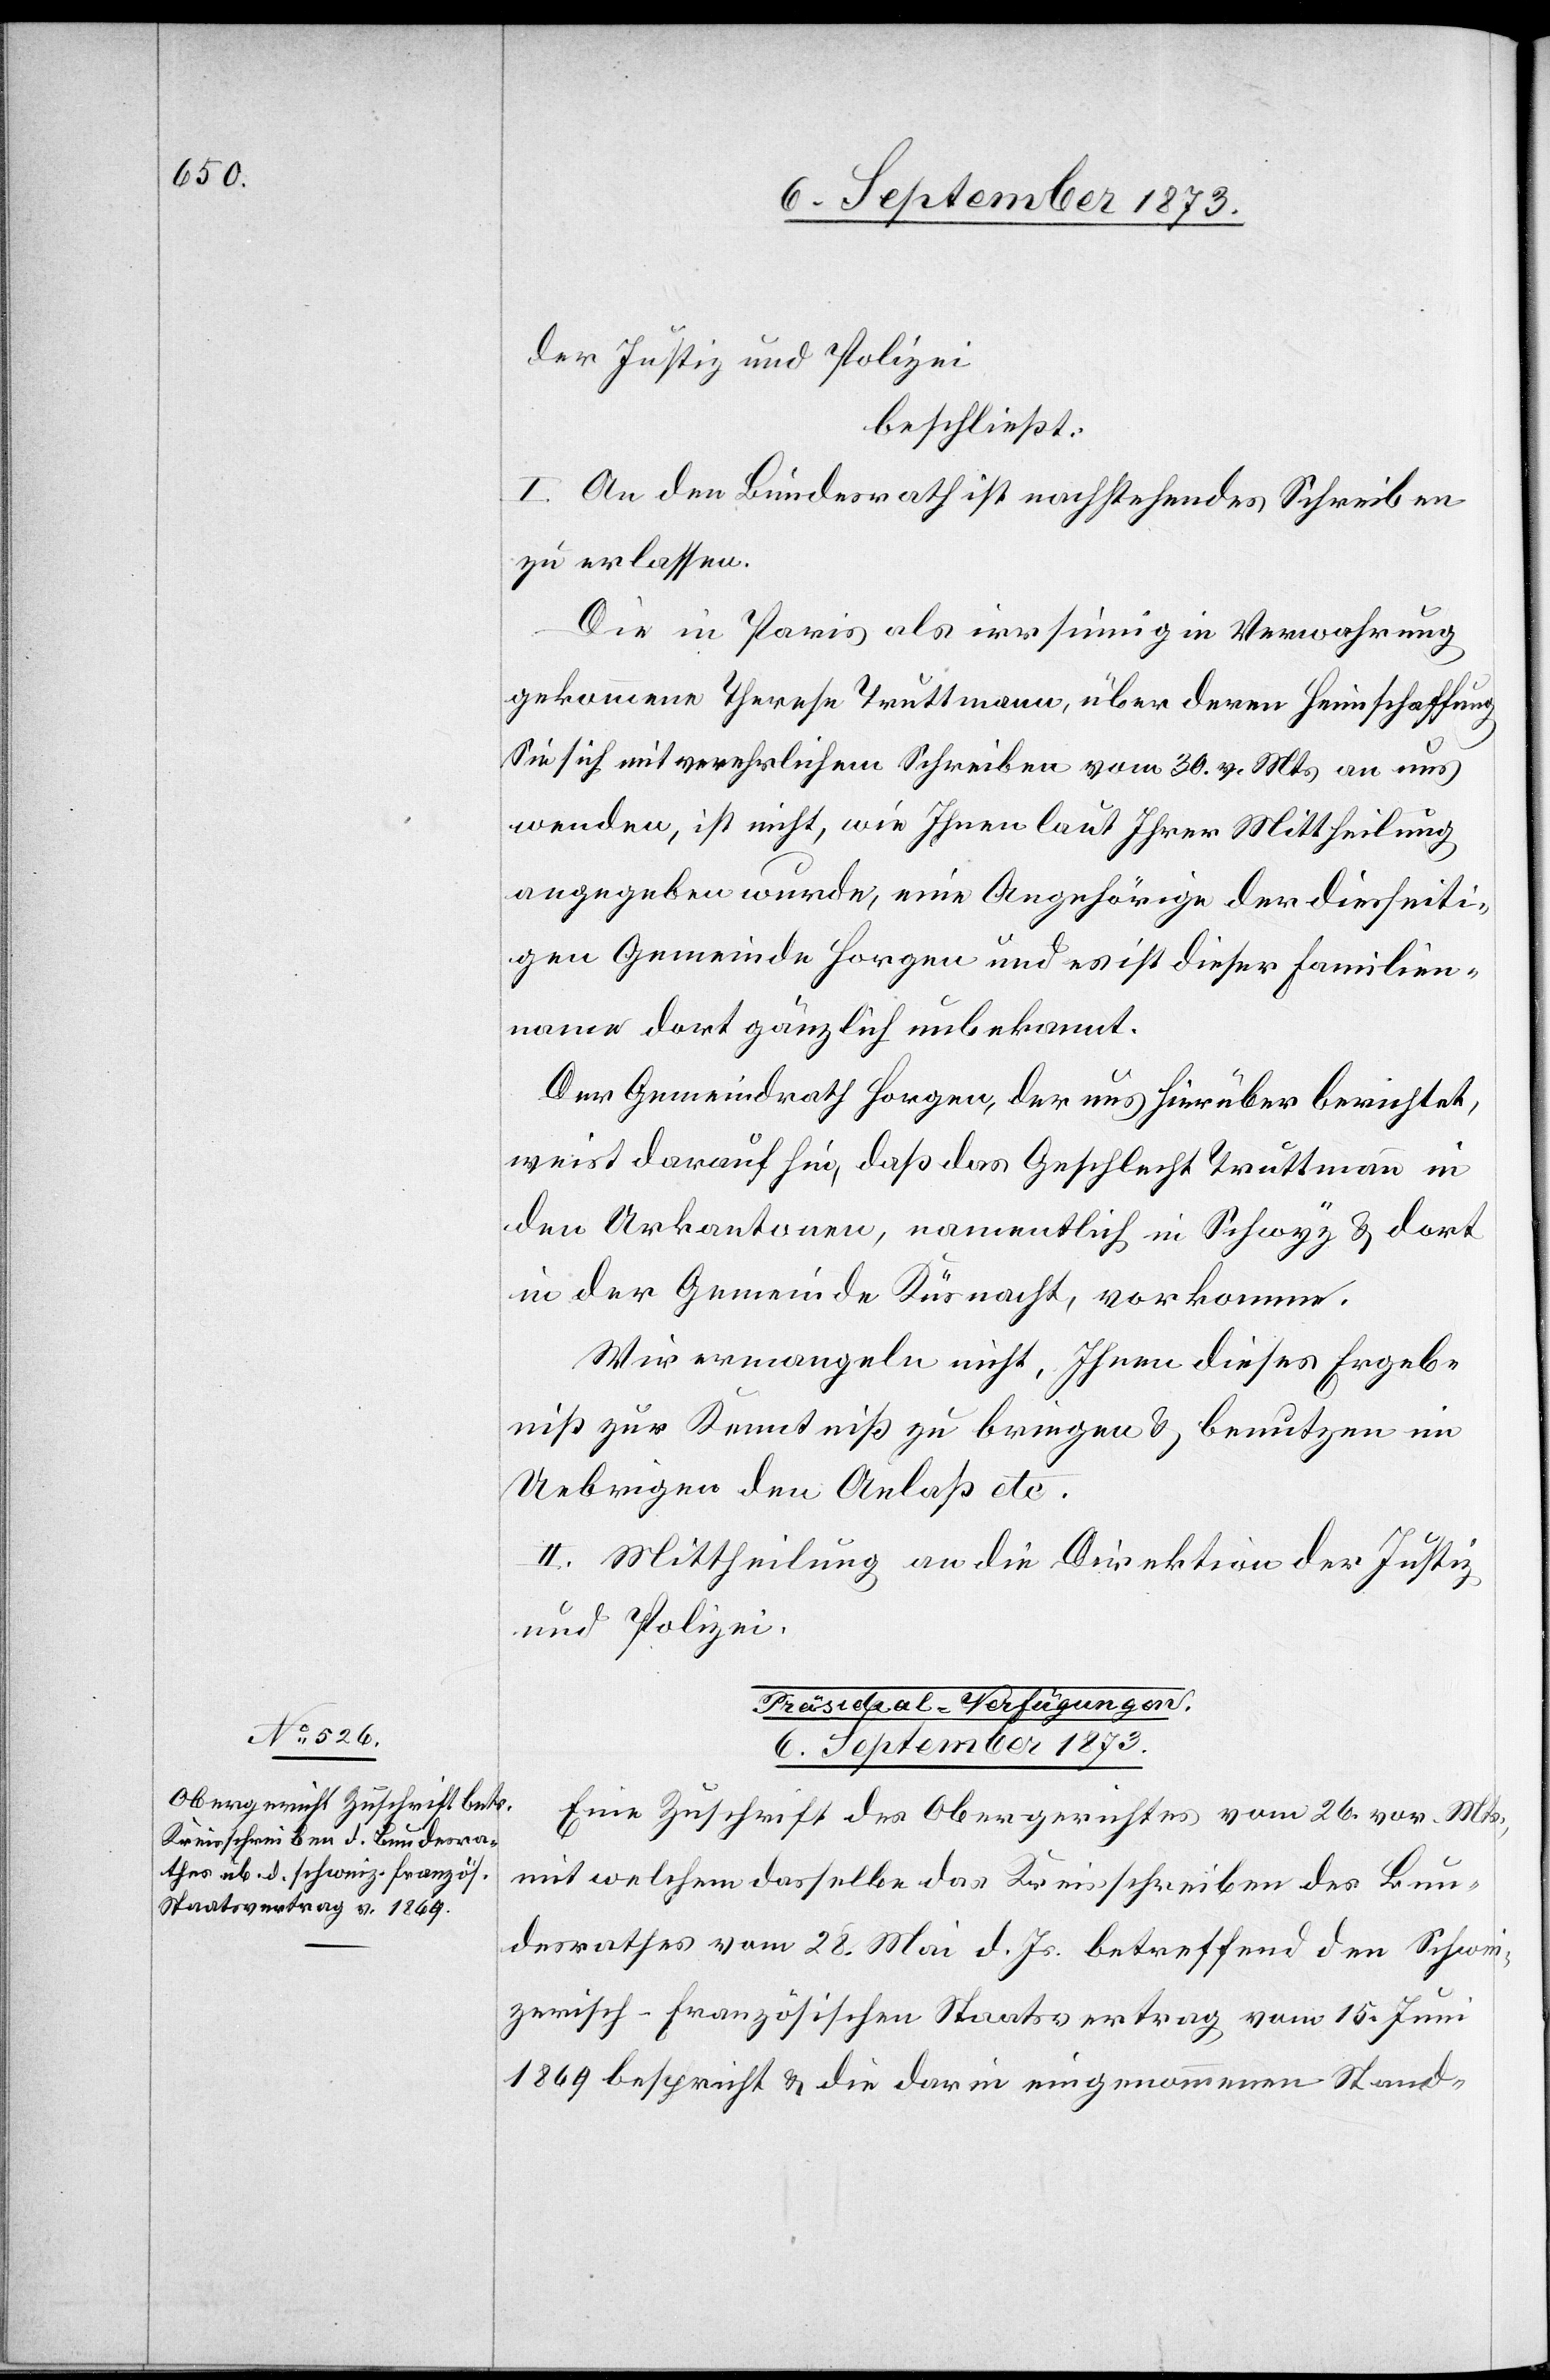
der Justiz und Polizei
beschließt:
I. An den Bundesrath ist nachstehendes Schreiben
zu erlassen.
Die in Paris als irrsinnig in Verwahrung
gekommene Therese Truttmann, über deren Heimschaffung
Sie sich mit verehrlichem Schreiben vom 30. v. Mts. an uns
wenden, ist nicht, wie Ihnen laut Ihrer Mittheilung
angegeben wurde, eine Angehörige der diesseiti¬
gen Gemeinde Horgen und es ist dieser Familien¬
name dort gänzlich unbekannt.
Der Gemeindrath Horgen, der uns hierüber berichtet,
weist darauf hin, daß das Geschlecht Truttmann in
den Urkantonen, namentlich in Schwyz & dort
in der Gemeinde Küsnacht, vorkomme.
Wir ermangeln nicht, Ihnen dieses Ergeb¬
niß zur Kenntniß zu bringen & benutzen im
Uebrigen den Anlaß etc.
II. Mittheilung an die Direktion der Justiz
und Polizei.
Präsidial-Verfügungen.
6. September 1873.
Eine Zuschrift des Obergerichtes vom 26. vor. Mts.,
mit welchem dasselbe das Kreisschreiben des Bun¬
desrathes vom 28. Mai d. Js. betreffend den Schwei¬
zerisch-französischen Staatsvertrag vom 15. Juni
1869 bespricht & die darin eingenommenen Stand-